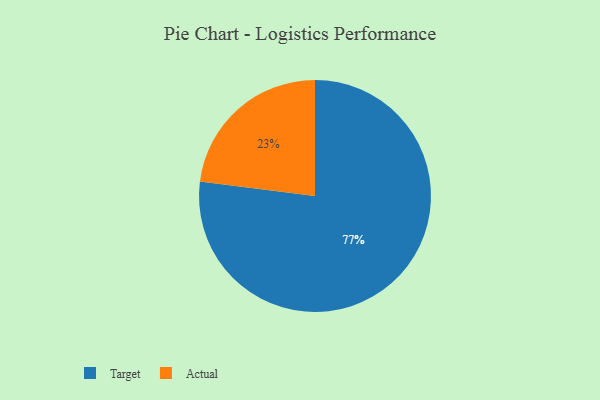
{"axis": {"x": "Category", "y": "Percentage"}, "legend": ["Actual", "Target"], "data": [{"x": "Target", "y": 77, "type": "Target"}, {"x": "Actual", "y": 23, "type": "Actual"}]}